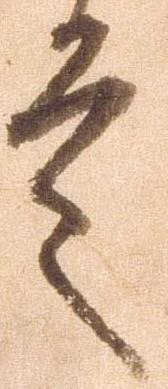
言